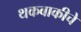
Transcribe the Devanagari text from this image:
थकबाकीचे